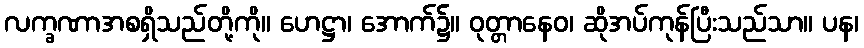
လက္ခဏာအစရှိသည်တို့ကို။ ဟေဋ္ဌာ၊ အောက်၌။ ဝုတ္တာနေဝ၊ ဆိုအပ်ကုန်ပြီးသည်သာ။ ပန၊